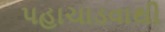
પહાચાડવાથી